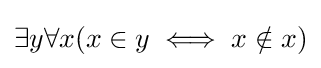
\exists y\forall x(x\in y\iff x\notin x)